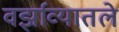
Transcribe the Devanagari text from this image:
वर्झाव्यातले